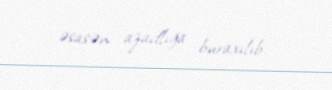
əsasən azadlığa buraxılıb.